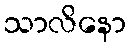
သာလိနော